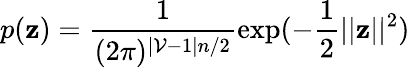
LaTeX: p(\mathbf{z})=\frac{1}{(2\pi)^{|\mathcal{V}-1|n/2}}\exp(-\frac{1}{2}||\mathbf{z}||^{2})